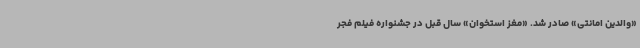
«والدین امانتی» صادر شد. «مغز استخوان» سال قبل در جشنواره فیلم فجر